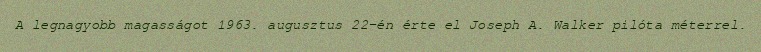
A legnagyobb magasságot 1963. augusztus 22-én érte el Joseph A. Walker pilóta méterrel.